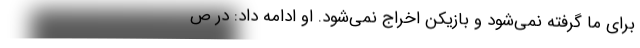
برای ما گرفته نمی‌شود و بازیکن اخراج نمی‌شود. او ادامه داد:‌ در ص